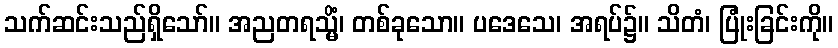
သက်ဆင်းသည်ရှိသော်။ အညတရသ္မိံ၊ တစ်ခုသော။ ပဒေသေ၊ အရပ်၌။ သိတံ၊ ပြုံးခြင်းကို။